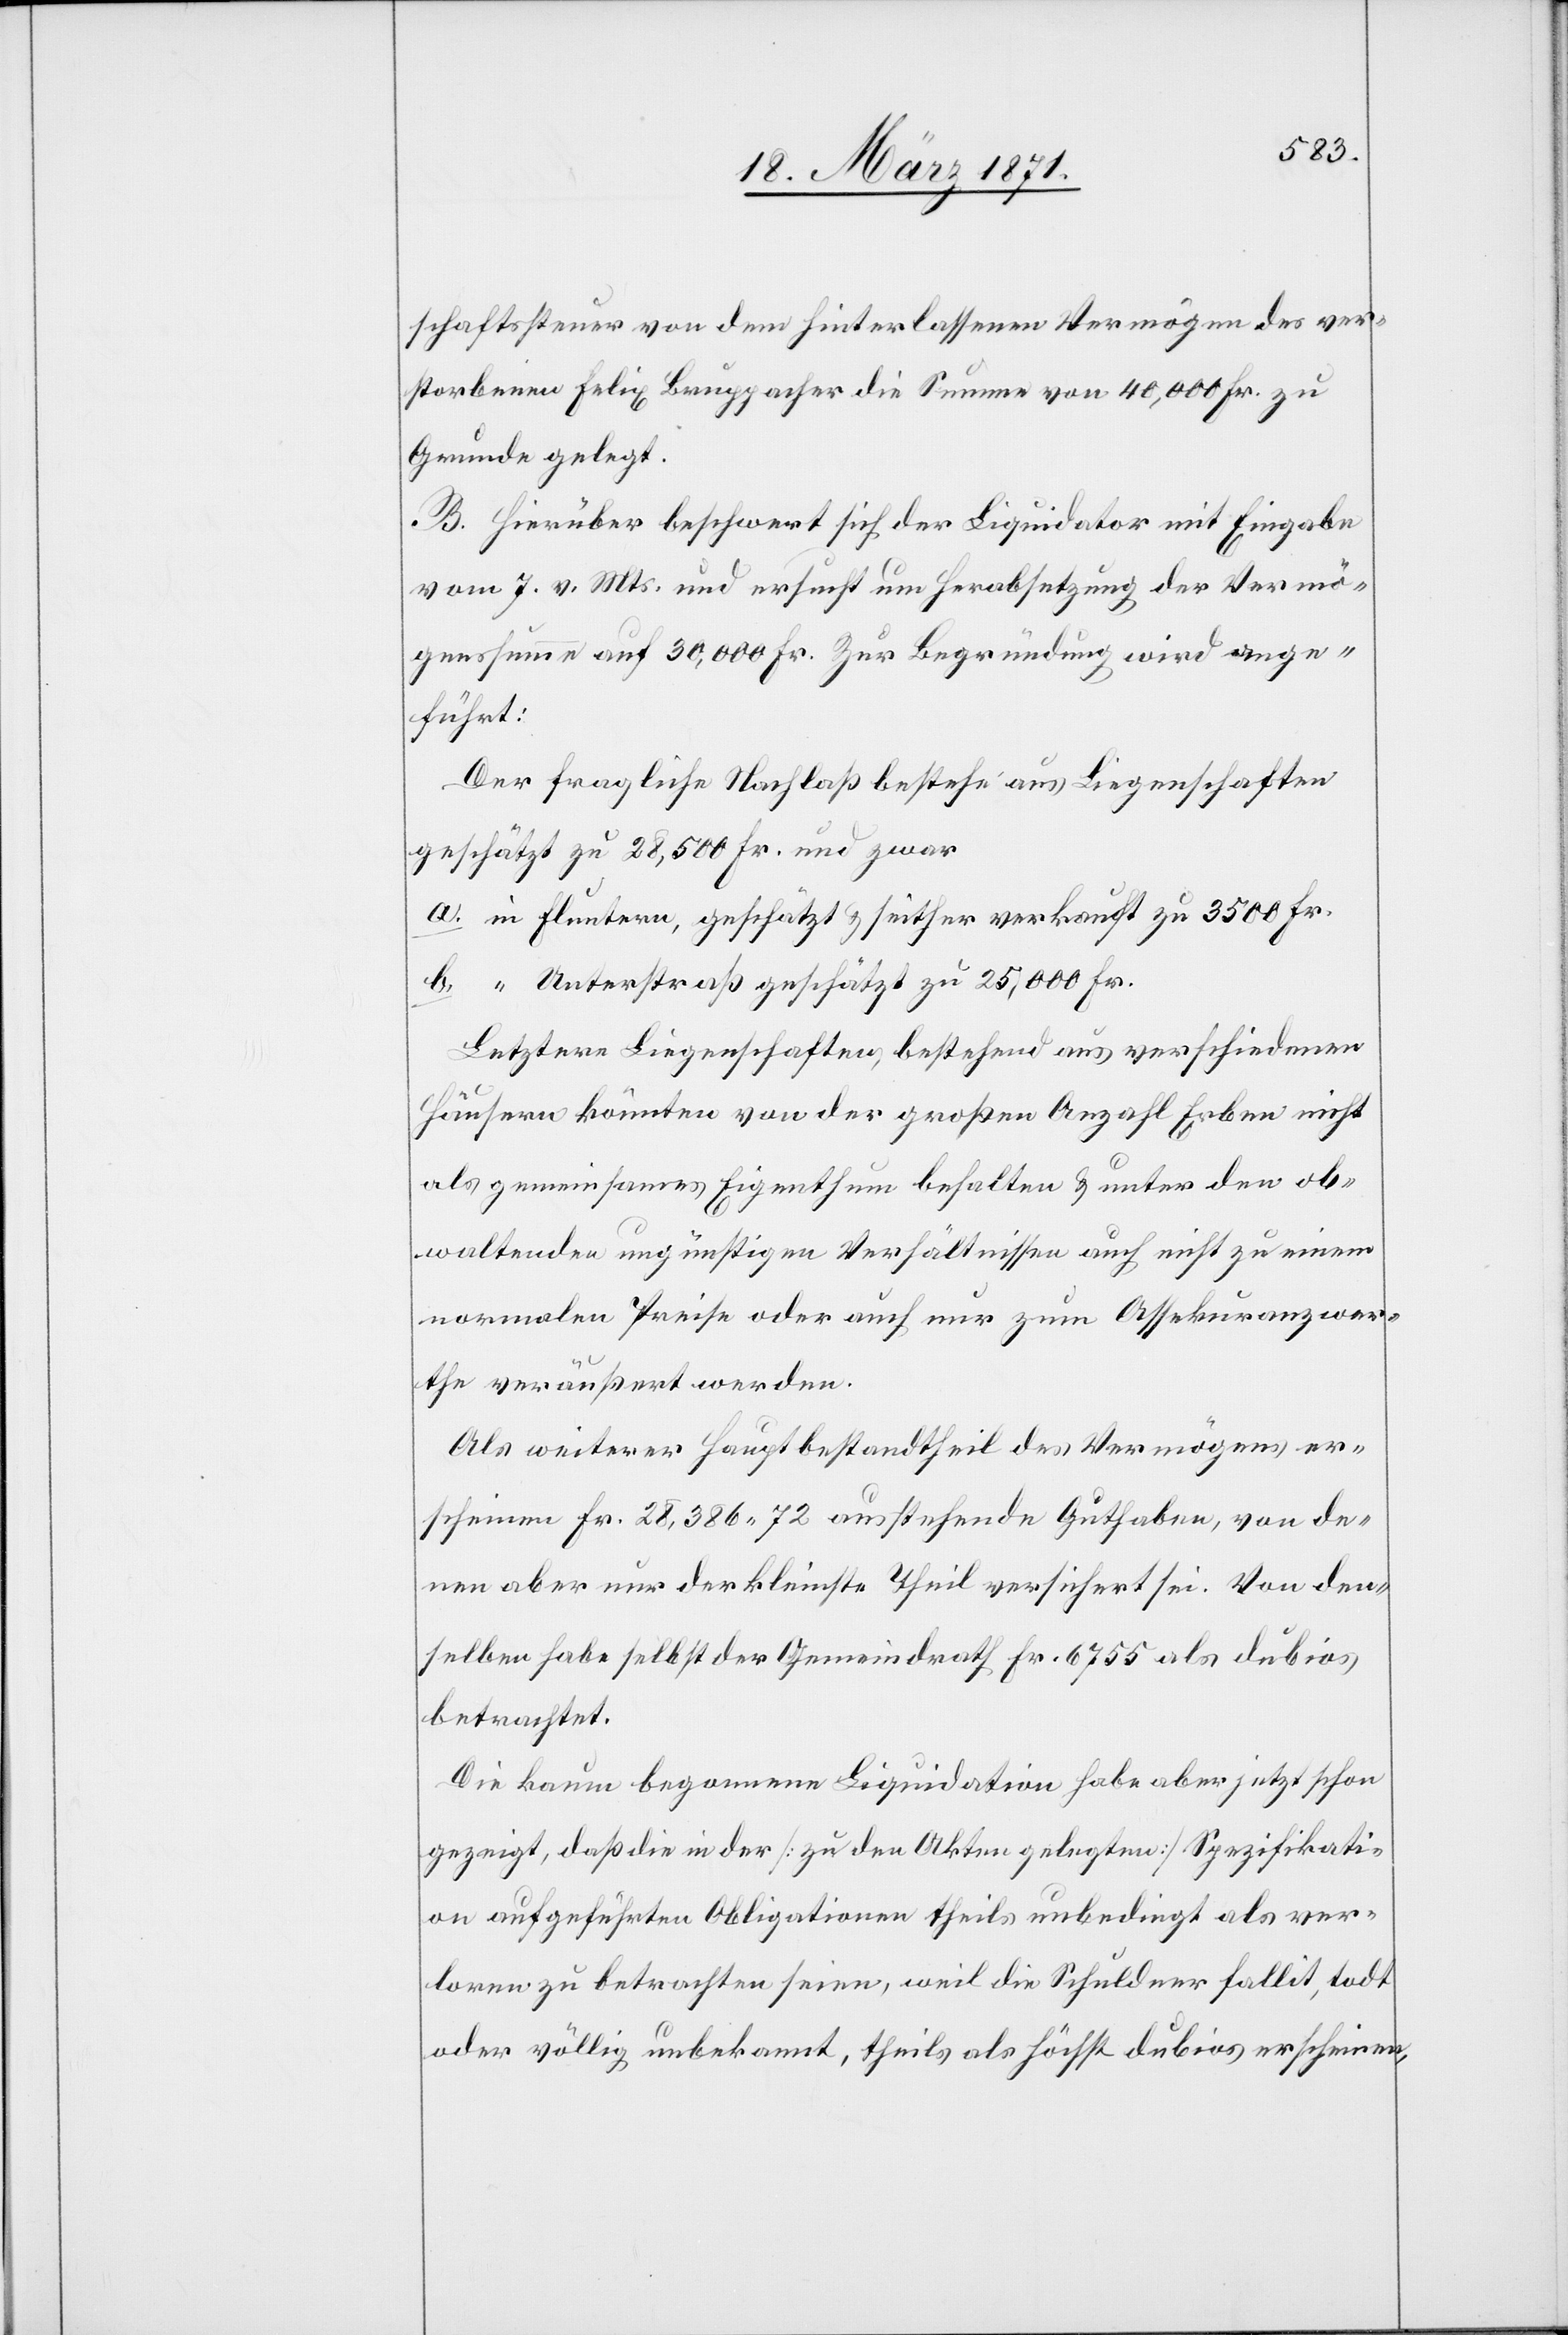
schaftssteuer von dem hinterlassenen Vermögen des ver¬
storbenen Felix Bruppacher die Summe von 40,000 Fr. zu
Grunde gelegt.
B. Hierüber beschwert sich der Liquidator mit Eingabe
vom 7. v. Mts. und ersucht um Herabsetzung der Vermö¬
genssumme auf 30,000 Fr. Zur Begründung wird ange¬
führt:
Der fragliche Nachlaß bestehe aus Liegenschaften
geschätzt zu 28,500 Fr. und zwar
a. in Fluntern, geschätzt u. seither verkauft zu 3500 Fr.
b. “ Unterstraß geschätzt zu 25,000 Fr.
Letztere Liegenschaften, bestehend aus verschiedenen
Häusern könnten von der großen Anzahl Erben nicht
als gemeinsames Eigenthum behalten u. unter den ob¬
waltenden ungünstigen Verhältnissen auch nicht zu einem
normalen Preise oder auch nur zum Assekuranzwer¬
the veräußert werden.
Als weiterer Hauptbestandtheil des Vermögens er¬
scheinen Fr. 28,386.72 ausstehende Guthaben, von de¬
nen aber nur der kleinste Theil versichert sei. Von den¬
selben habe selbst der Gemeindrath Fr. 6755 als dubios
betrachtet.
Die kaum begonnene Liquidation habe aber jetzt schon
gezeigt, daß in der [zu den Akten gelegten] Spezifikati¬
on aufgeführten Obligationen theils unbedingt als ver¬
loren zu betrachten seien, weil die Schuldner fallit, todt
oder völlig unbekannt, theils als höchst dubios erscheinen,